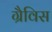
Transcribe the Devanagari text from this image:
ग्रैविस